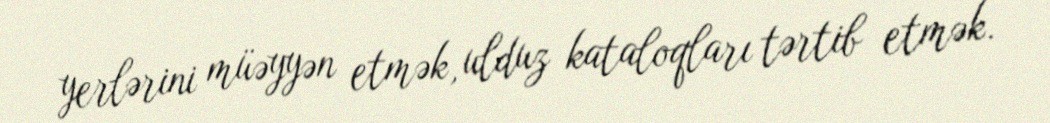
yerlərini müəyyən etmək, ulduz kataloqları tərtib etmək.